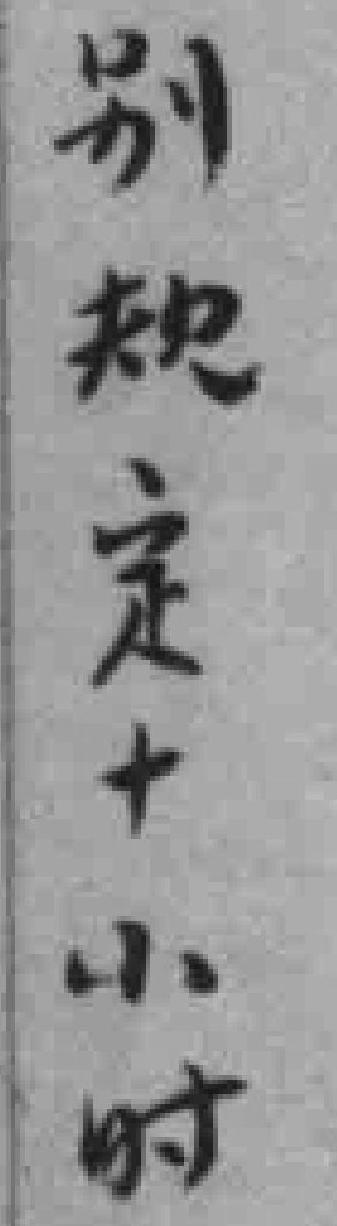
别规定十小时